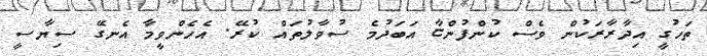
ތަހުގީ އިދާރާރަކުން ވެސް ކުންފުންޏާ އަބަދުމެ ސުވާލުތައް ކުރޭ. އެހެންވީމާ އެނގޭ ސިޔާސީ